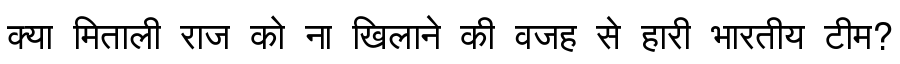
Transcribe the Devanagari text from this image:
क्या मिताली राज को ना खिलाने की वजह से हारी भारतीय टीम?